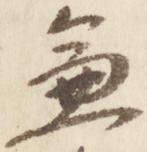
兼